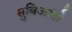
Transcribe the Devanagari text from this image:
सुबिआंतो